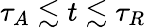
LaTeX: \tau_{A}\lesssim t\lesssim\tau_{R}